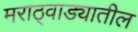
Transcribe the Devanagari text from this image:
मराठ्वाड्यातील